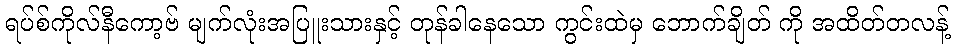
ရပ်စ်ကိုလ်နီကော့ဗ် မျက်လုံးအပြူးသားနှင့် တုန်ခါနေသော ကွင်းထဲမှ ဘောက်ချိတ် ကို အထိတ်တလန့်